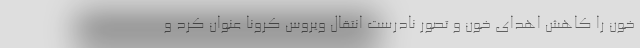
خون را کاهش اهدای خون و تصور نادرست انتقال ویروس کرونا عنوان کرد و